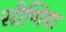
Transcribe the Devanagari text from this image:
सीणिया